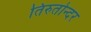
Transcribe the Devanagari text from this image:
तिरुतोन्दर